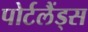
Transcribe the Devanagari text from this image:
पोर्टलैंड्स